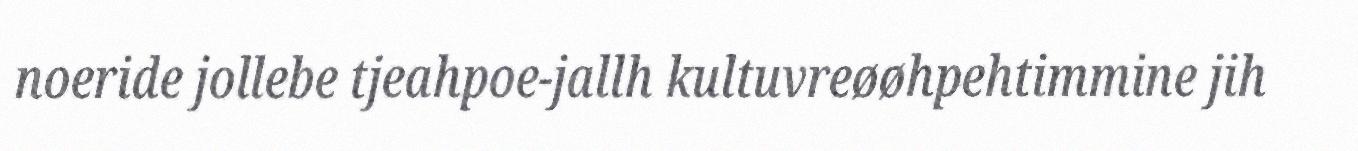
noeride jollebe tjeahpoe-jallh kultuvreøøhpehtimmine jih